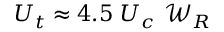
{ U _ { t } } \approx 4 . 5 ~ U _ { c } ~ { \mathcal { W } } _ { R }